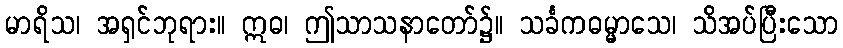
မာရိသ၊ အရှင်ဘုရား။ ဣဓ၊ ဤသာသနာတော်၌။ သင်္ခကဓမ္မာသေ၊ သိအပ်ပြီးသော